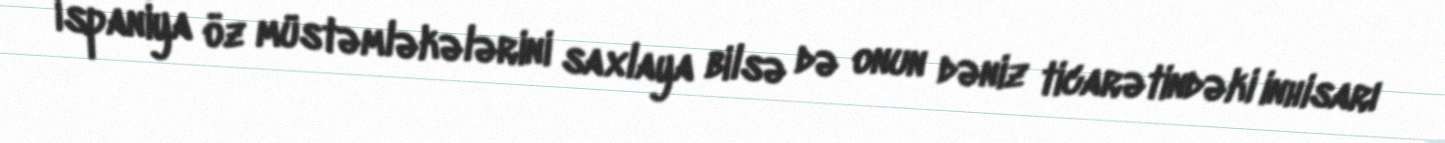
İspaniya öz müstəmləkələrini saxlaya bilsə də onun dəniz ticarətindəki inhisarı